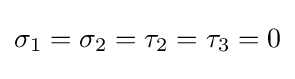
\sigma _{1}=\sigma _{2}=\tau _{2}=\tau _{3}=0{\Big .}